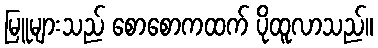
မြူများသည် စောစောကထက် ပိုထူလာသည်။